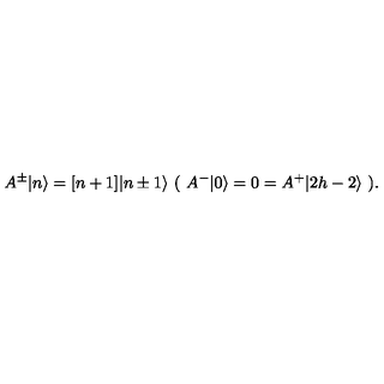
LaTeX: A ^ { \pm } \vert n \rangle = [ n + 1 ] \vert n \pm 1 \rangle \ ( \ A ^ { - } \vert 0 \rangle = 0 = A ^ { + } \vert 2 h - 2 \rangle \ ) .